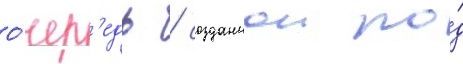
о́чер'едь / созданнои по́д